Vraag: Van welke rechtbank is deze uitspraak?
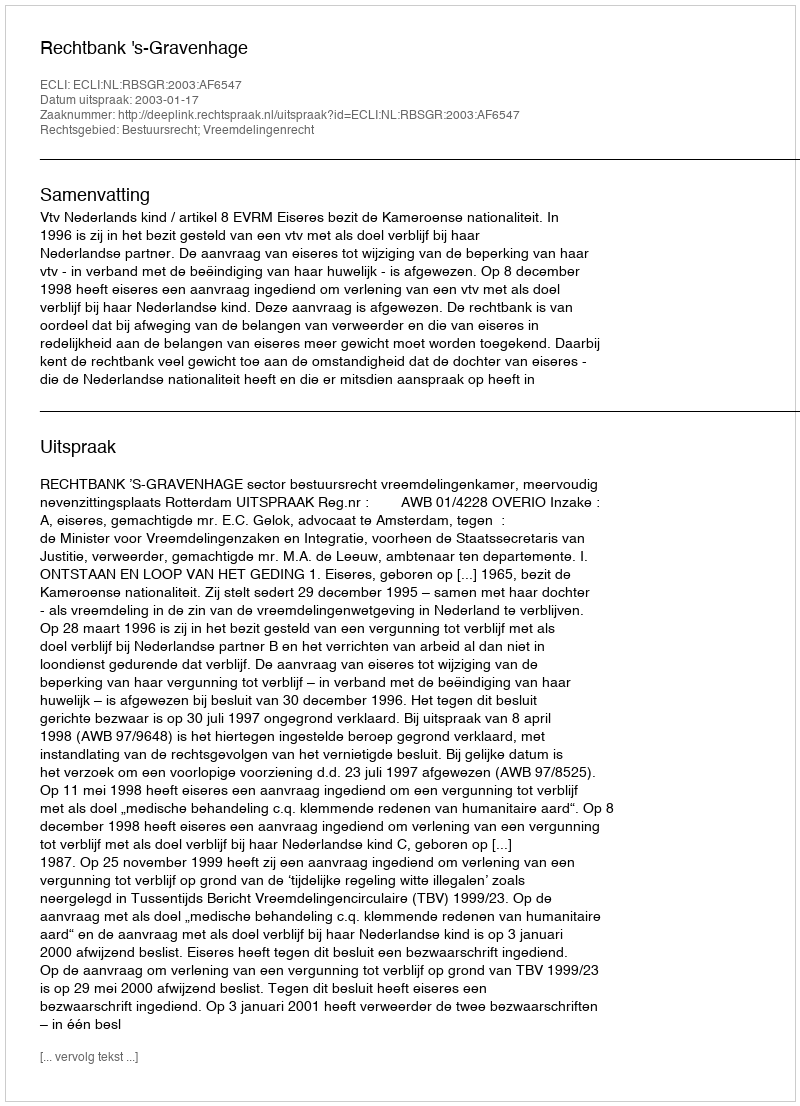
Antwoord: Rechtbank 's-Gravenhage